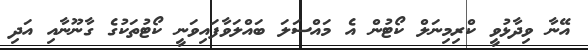
އޭނާ ވިދާޅުވީ ކްރިމިނަލް ކޯޓުން އެ މައްސަލަ ބައްލަވާފައިވަނީ ކޯޓުތަކުގެ ގާނޫނާއި އަދި